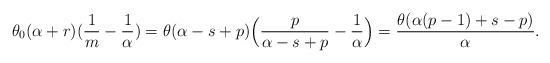
LaTeX: \begin{align*}\theta_0 (\alpha+r)(\frac 1m- \frac 1\alpha)&=\theta(\alpha-s+p)\Big(\frac{p}{\alpha-s+p}-\frac1\alpha\Big)=\frac{\theta(\alpha(p-1)+s-p)}{\alpha}.\end{align*}